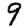
Digit: 9